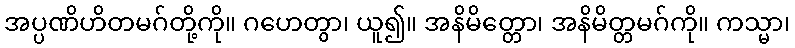
အပ္ပဏိဟိတမဂ်တို့ကို။ ဂဟေတွာ၊ ယူ၍။ အနိမိတ္တော၊ အနိမိတ္တမဂ်ကို။ ကသ္မာ၊